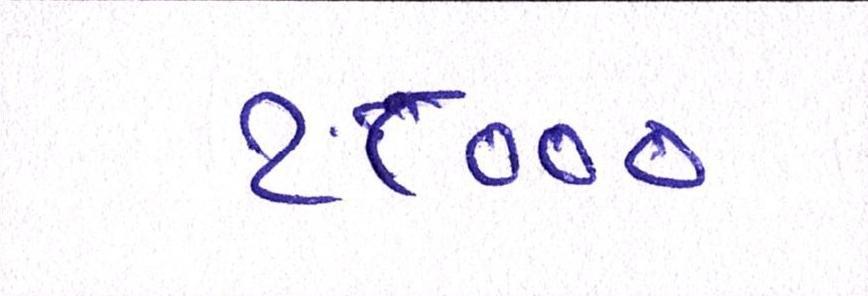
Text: ૧૮૦૦૦